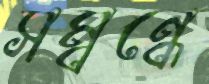
সম্বন্ধে